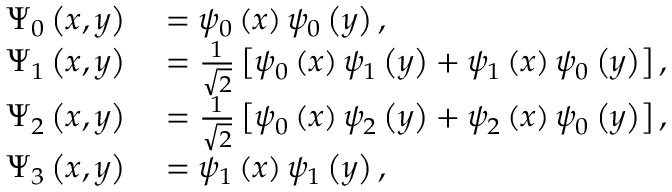
\begin{array} { r l } { \Psi _ { 0 } \left( x , y \right) } & { { } = \psi _ { 0 } \left( x \right) \psi _ { 0 } \left( y \right) , } \\ { \Psi _ { 1 } \left( x , y \right) } & { { } = \frac { 1 } { \sqrt { 2 } } \left[ \psi _ { 0 } \left( x \right) \psi _ { 1 } \left( y \right) + \psi _ { 1 } \left( x \right) \psi _ { 0 } \left( y \right) \right] , } \\ { \Psi _ { 2 } \left( x , y \right) } & { { } = \frac { 1 } { \sqrt { 2 } } \left[ \psi _ { 0 } \left( x \right) \psi _ { 2 } \left( y \right) + \psi _ { 2 } \left( x \right) \psi _ { 0 } \left( y \right) \right] , } \\ { \Psi _ { 3 } \left( x , y \right) } & { { } = \psi _ { 1 } \left( x \right) \psi _ { 1 } \left( y \right) , } \end{array}